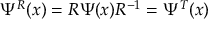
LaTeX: \Psi ^ { R } ( x ) = R \Psi ( x ) R ^ { - 1 } = \Psi ^ { T } ( x )